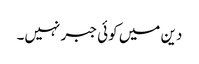
دین میں کوئی جبر نہیں۔